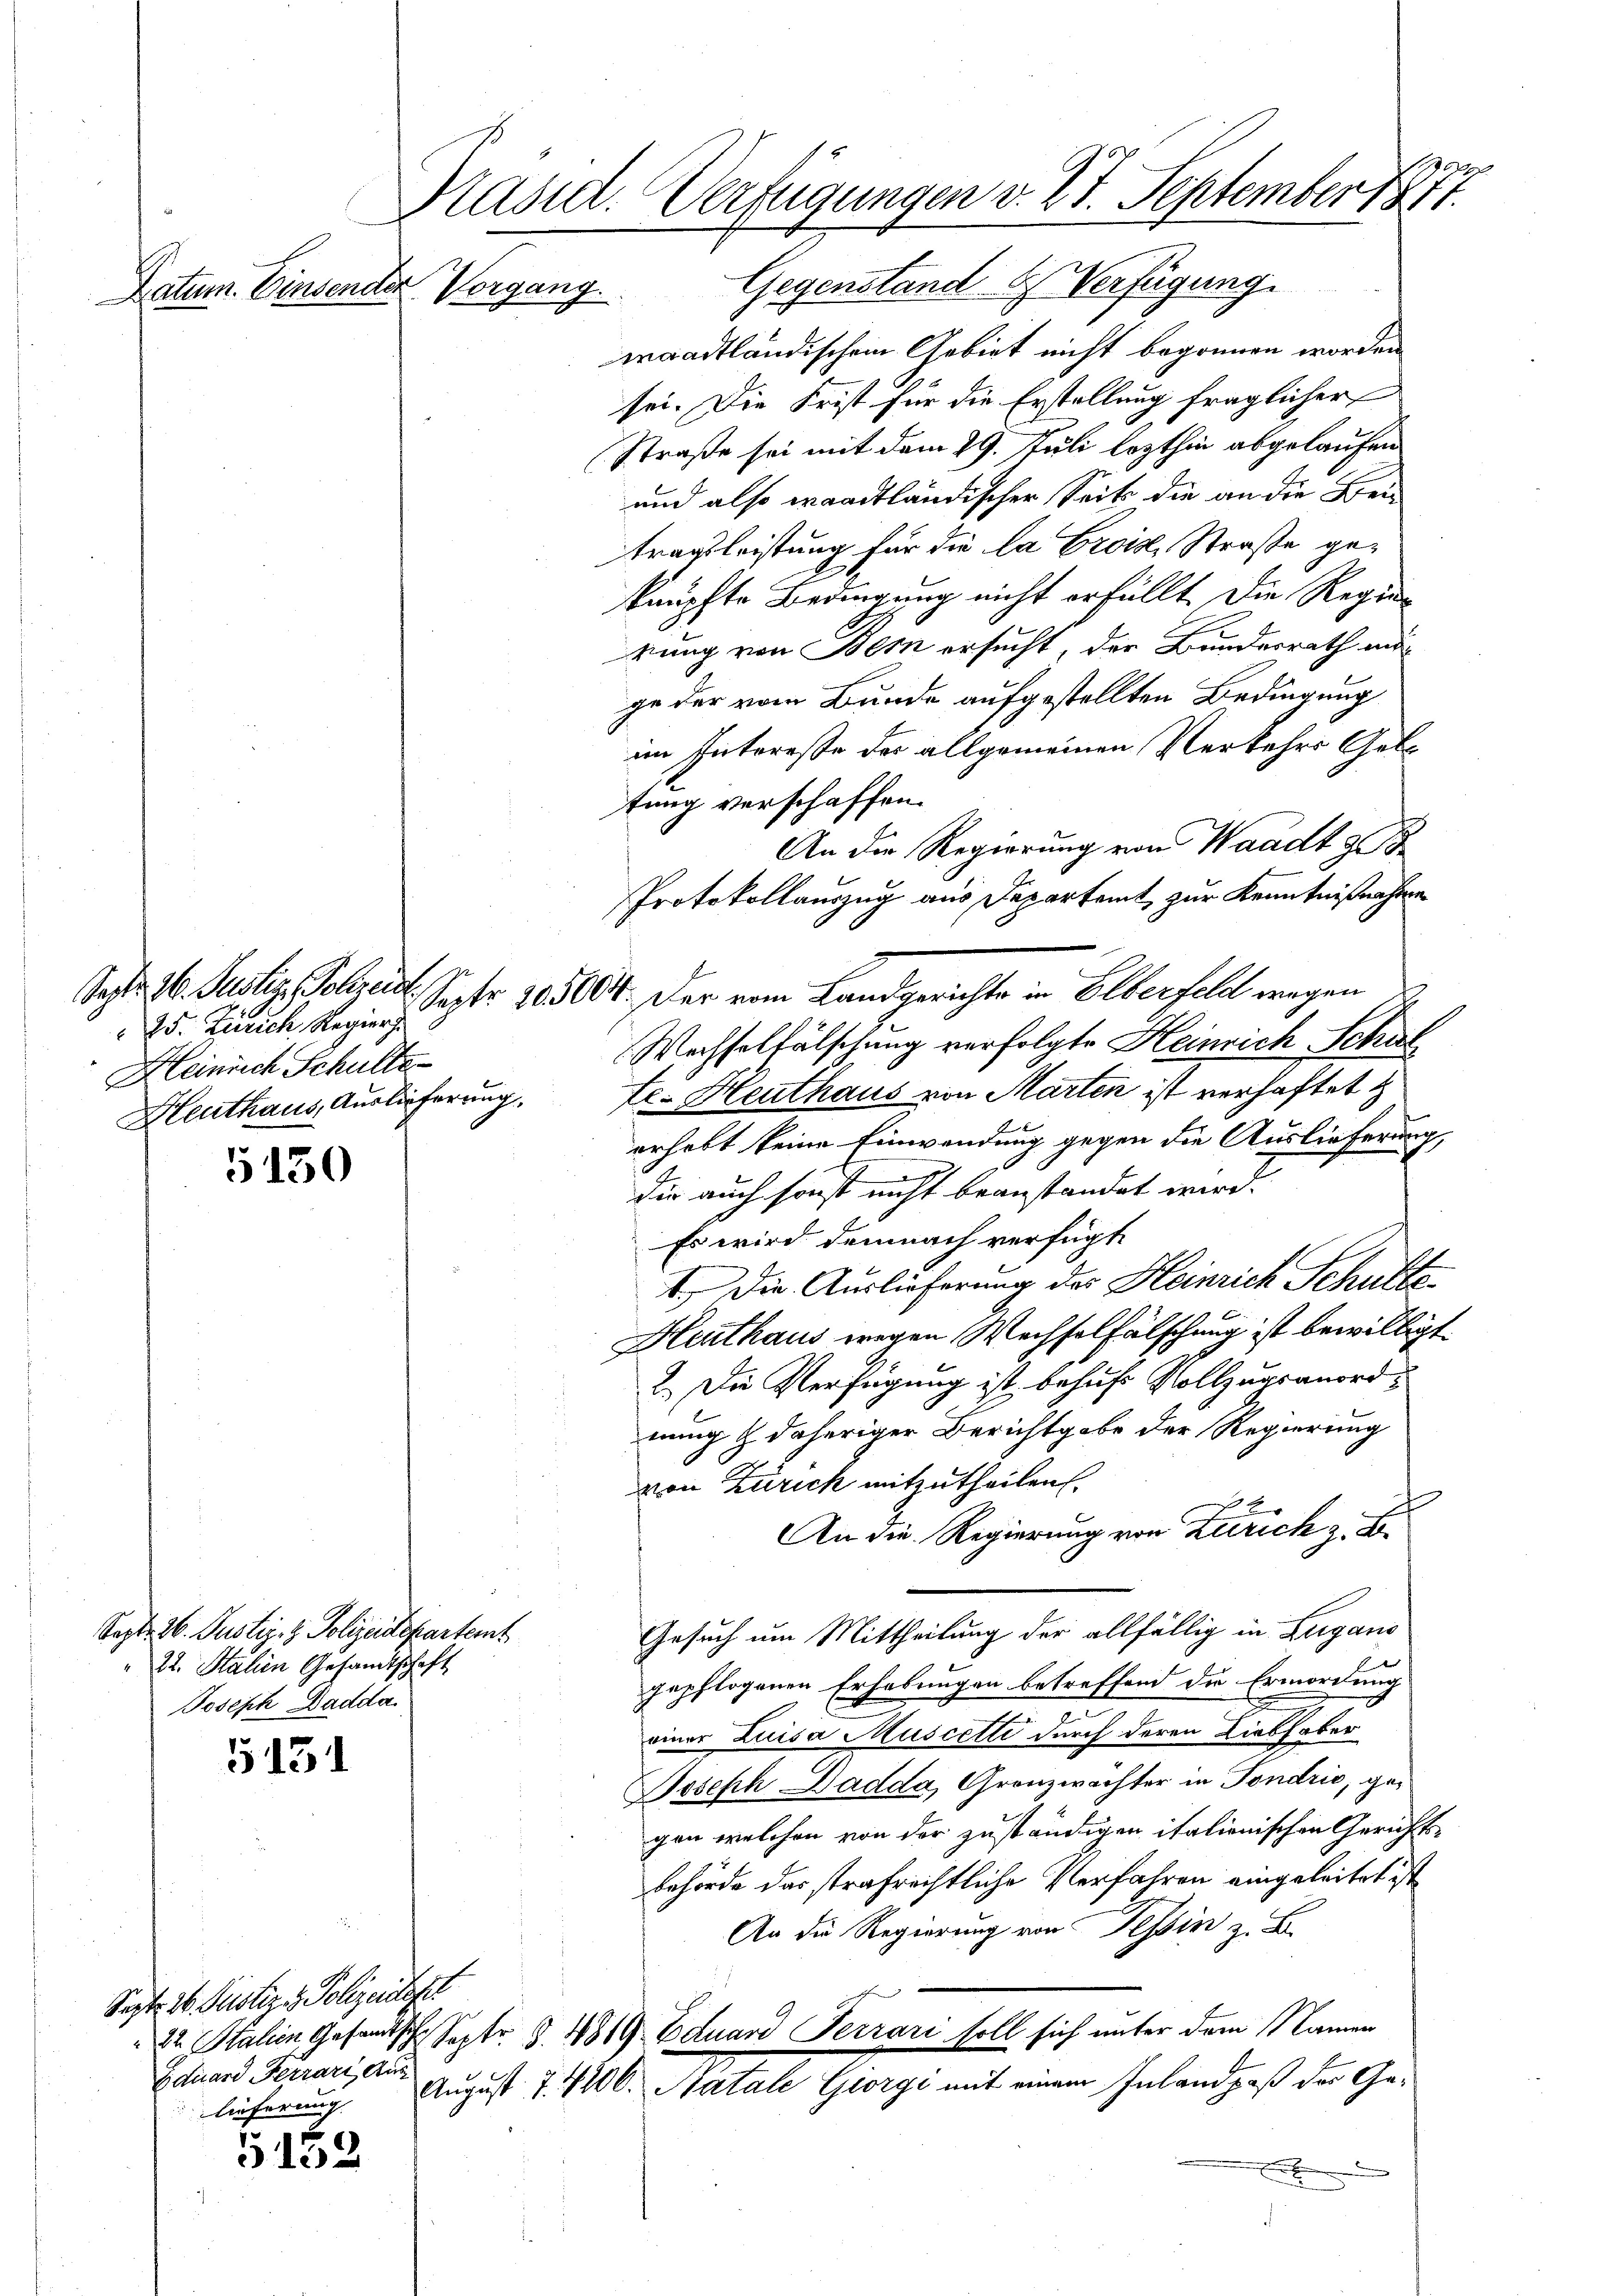
25. Zürich Regier
Heinrich Schulte
Hleuthaus, Auslieferung.

5130

Sept. 26. Justiz- & Polizeidepartemt
22. Stalien Gesandtschaft
Joseph Dadda

5151

5152

.
Präsid. Verfügungen v. 27. September 1811.
Gegenstand & Verfügung
Datum. Einsender Vorgang.

waadtländischem Gebiet nicht begonnen worden
sei. Die Frist für die Erstellung fraglicher
Straße sei mit dem 29. Juli lezthin abgelaufen
und also waadtländischer Seits die an die Beitragsleistung für die la Crois, Straße geknüpfte Bedingung nicht erfüllt. Die Regier
rung von Bern ersucht, der Bundesrath au
ge der vom Bunde aufgestellten Bedingung
im Interesse der allgemeinen Verkehrs Gebe
tung verschaffen.
An die Regierung von Waadt z
Protokollauszug aus Departamt zur Kenntnißnahme
Sept. 16. Justiz, Schreut. Septer 185004. Der vom Landgerichte in Elberfeldt wegen
Wechselfälschung verfolgte Heinrich Schul
te. Heuthaus von Marten ist verhaftet
erhebt keine Einwendung gegen die Auslieferung,
dir auch sonst nicht beanstandet wird.
Es wird demnach verfügt
1.) Die Auslieferung des Heinrich Schulte
Heuthaus wegen Wechselfälschung ist bewilligt.
2. Die Verfügung ist behufs Vollzugsanordnung & daheriger Berichtgabe der Regierung
von Zürich mitzutheilen.
r
An die Regierung von Zürich z. B.
Gesuch um Mittheilung der allfällig in Lugano
.
gepflogenen Erhebungen betreffend der Ermordung
einer Luisa Muscette durch deren Liebhaber
Joseph Dadda, Granzwachter in Fondrić, gegen welchen von der zuständigen italienischen Gerichtsbehörde das strafrechtliche Verfahren eingeleitet ist
An die Regierung von Tessin z. B.
22 Italien Gesandtsch. Septr. S. 4819. Eduard Ferrari soll sich unter dem Namen
August 7. 416. Natale Giorgi mit einem Inland paß der Gex

Sept. 16. Justiz & Polizeideckt
Eduard Ferrari Auslieferung